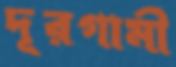
দূরগামী